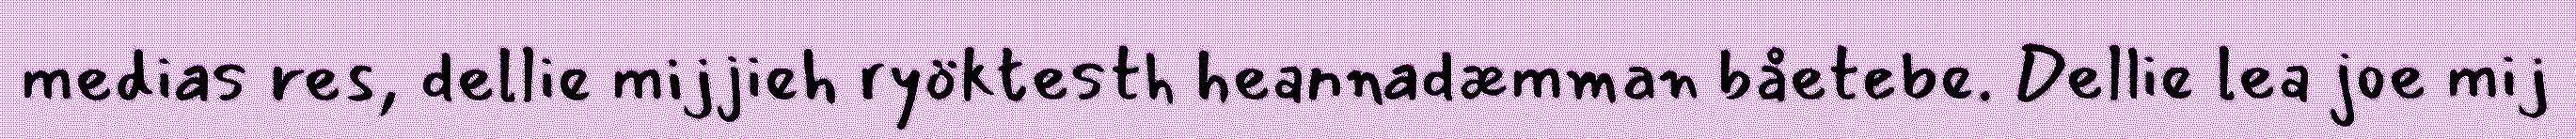
medias res, dellie mijjieh ryöktesth heannadæmman båetebe. Dellie lea joe mij